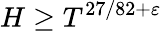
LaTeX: H\geq T^{27/82+\varepsilon}